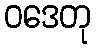
ဝဒေတု